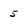
Character: 5